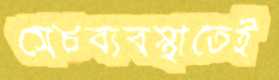
সেচব্যবস্থাতেই